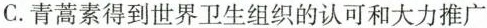
C.青蒿素得到世界卫生组织的认可和大力推广